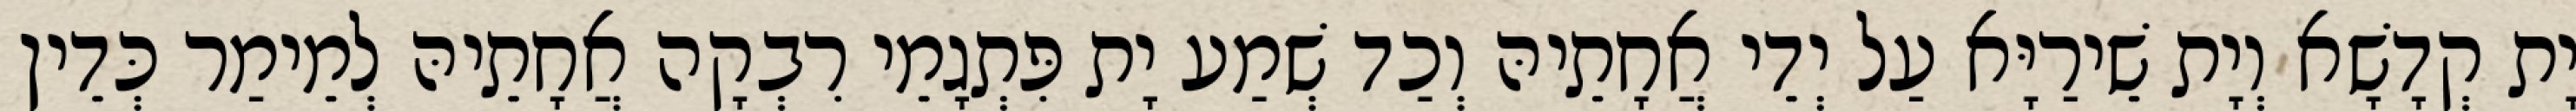
יָת קְדָשָׁא וְיָת שֵׁירַיָּא עַל יְדֵי אֲחָתֵיהּ וְכַד שְׁמַע יָת פִּתְגָמֵי רִבְקָה אֲחָתֵיהּ לְמֵימַר כְּדֵין